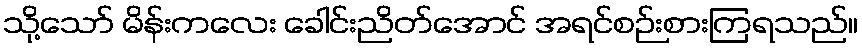
သို့သော် မိန်းကလေး ခေါင်းညိတ်အောင် အရင်စဉ်းစားကြရသည်။